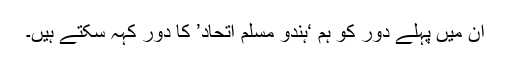
ان میں پہلے دور کو ہم ‘ہندو مسلم اتحاد’ کا دور کہہ سکتے ہیں۔